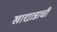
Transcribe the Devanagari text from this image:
खाद्यान्नाची